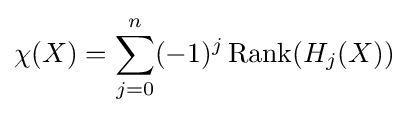
\chi (X)=\sum _{j=0}^{n}(-1)^{j}\operatorname {Rank} ({H_{j}}(X))